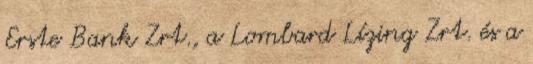
Erste Bank Zrt., a Lombard Lízing Zrt. és a